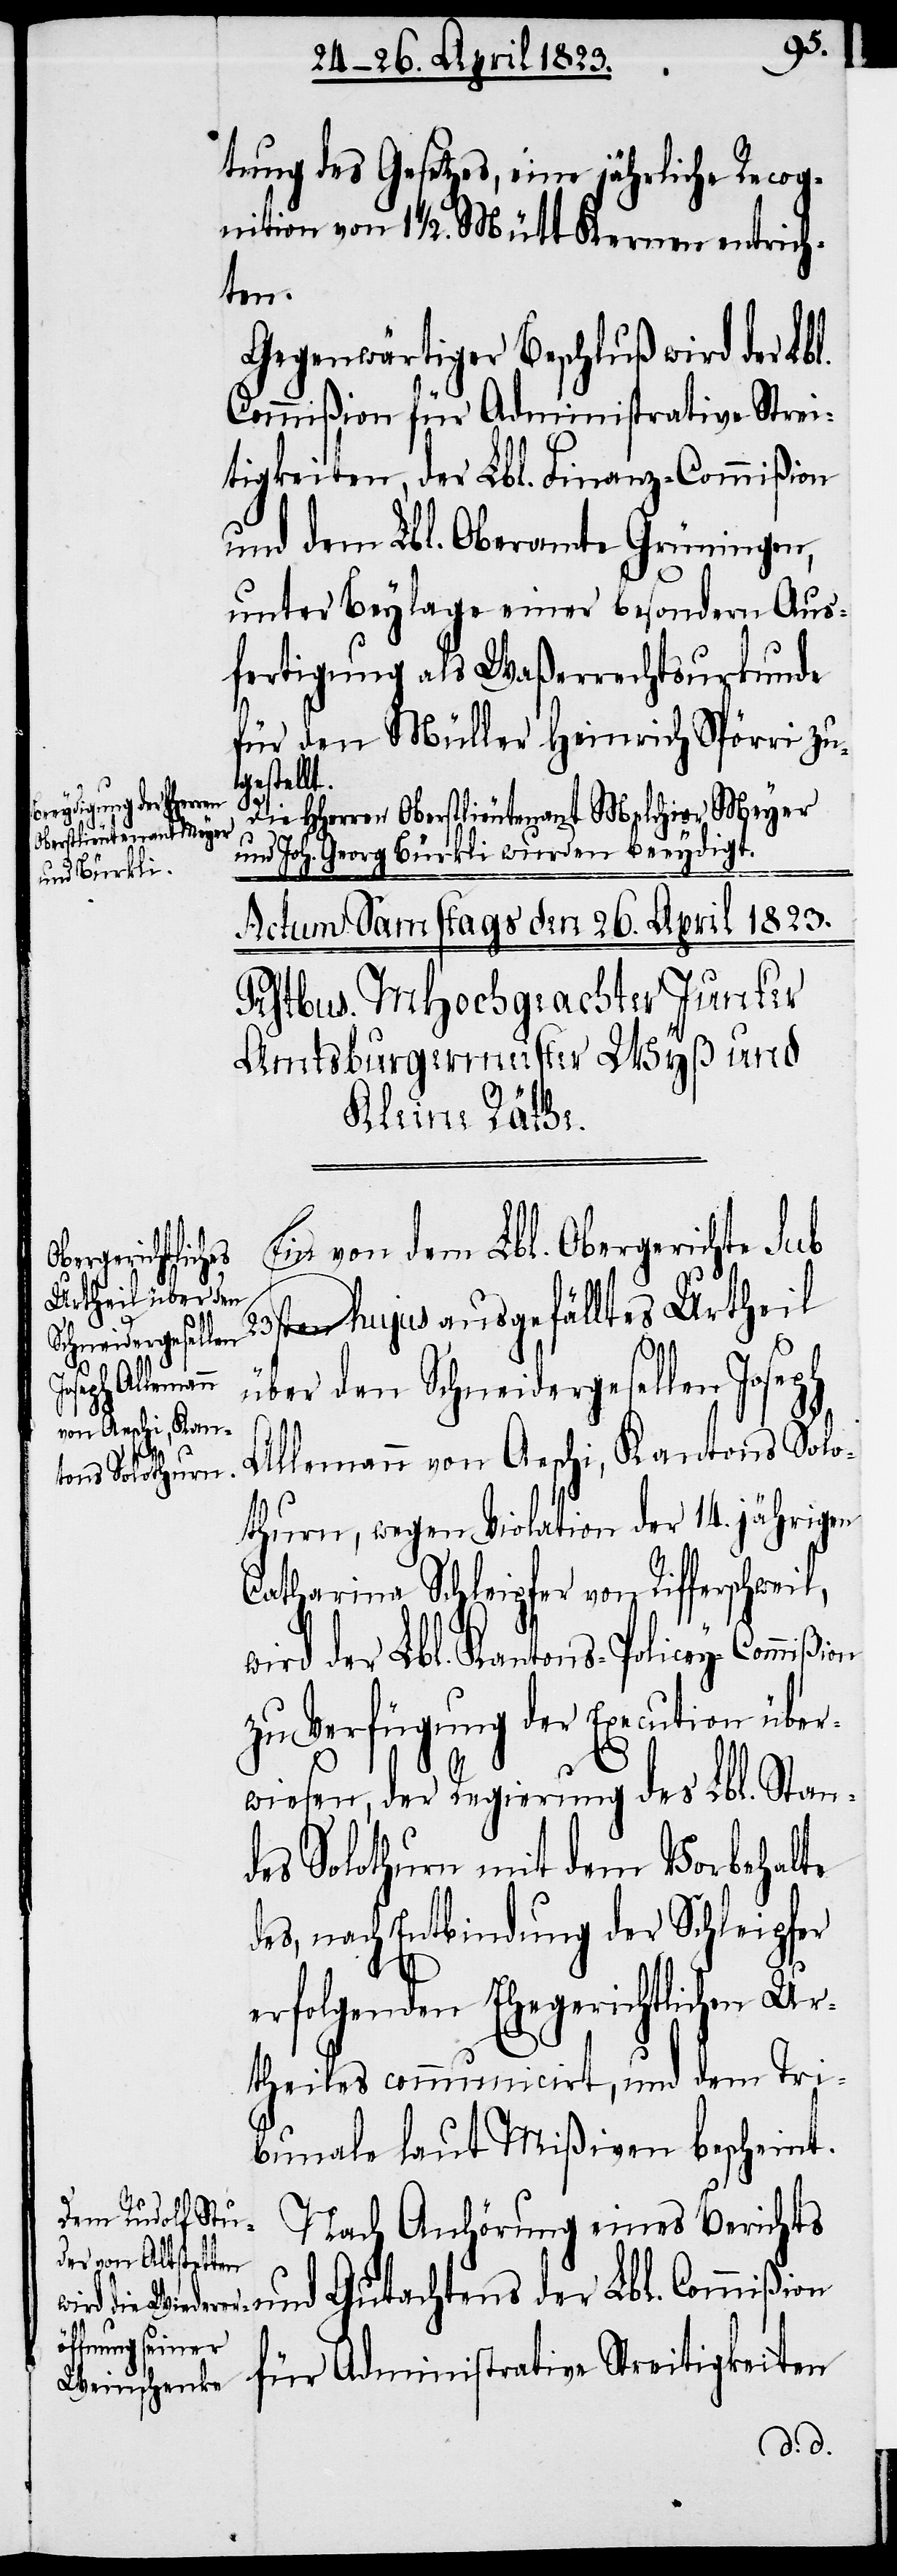
Gu¬
tung des Gesetzes, eine jährliche Recog¬
nition von 1 1/2. Mütt Kernen entrich¬
ten.
Gegenwärtiger Beschluß wird der Lbl.
Commißion für Administrative Strei¬
tigkeiten, der Lbl. Finanz-Commißion
und dem Lbl. Oberamte Grüningen,
unter Beylage einer besondern Aus¬
fertigung als Waßerrechtsurkunde
für den Müller Heinrich Spörri zu¬
gestellt.
Die Hherren Oberstlieutenant Melchior Meyer
und Joh. Georg Bürkli wurden beeydigt.
on
Ein von dem Lbl. Obergerichte Sub
ten hujus ausgefälltes Urtheil
tigkeiten
über den Schneidergesellen Joseph
Allemann von Aeschi, Kantons Solo¬
thurn, wegen Violation der 14. jährigen
Catharina Schleipfer von Rifferschwei¬
wird der Lbl. Kantons-Policey-Commißi¬
zu Verfügung der Execution über¬
wiesen, der Regierung des Lbl. Stan¬
des Solothurn mit dem Vorbehalte
des, nach Entbindung der Schleipfer
erfolgenden Ehegerichtlichen Ur¬
theiles communicirt, und dem Tri¬
bunale laut Mißiven bescheint.
Nach Anhörung eines Berichts